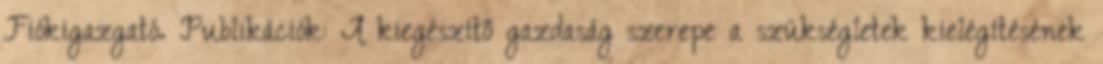
Fiókigazgató. Publikációk: A kiegészítô gazdaság szerepe a szükségletek kielégítésének